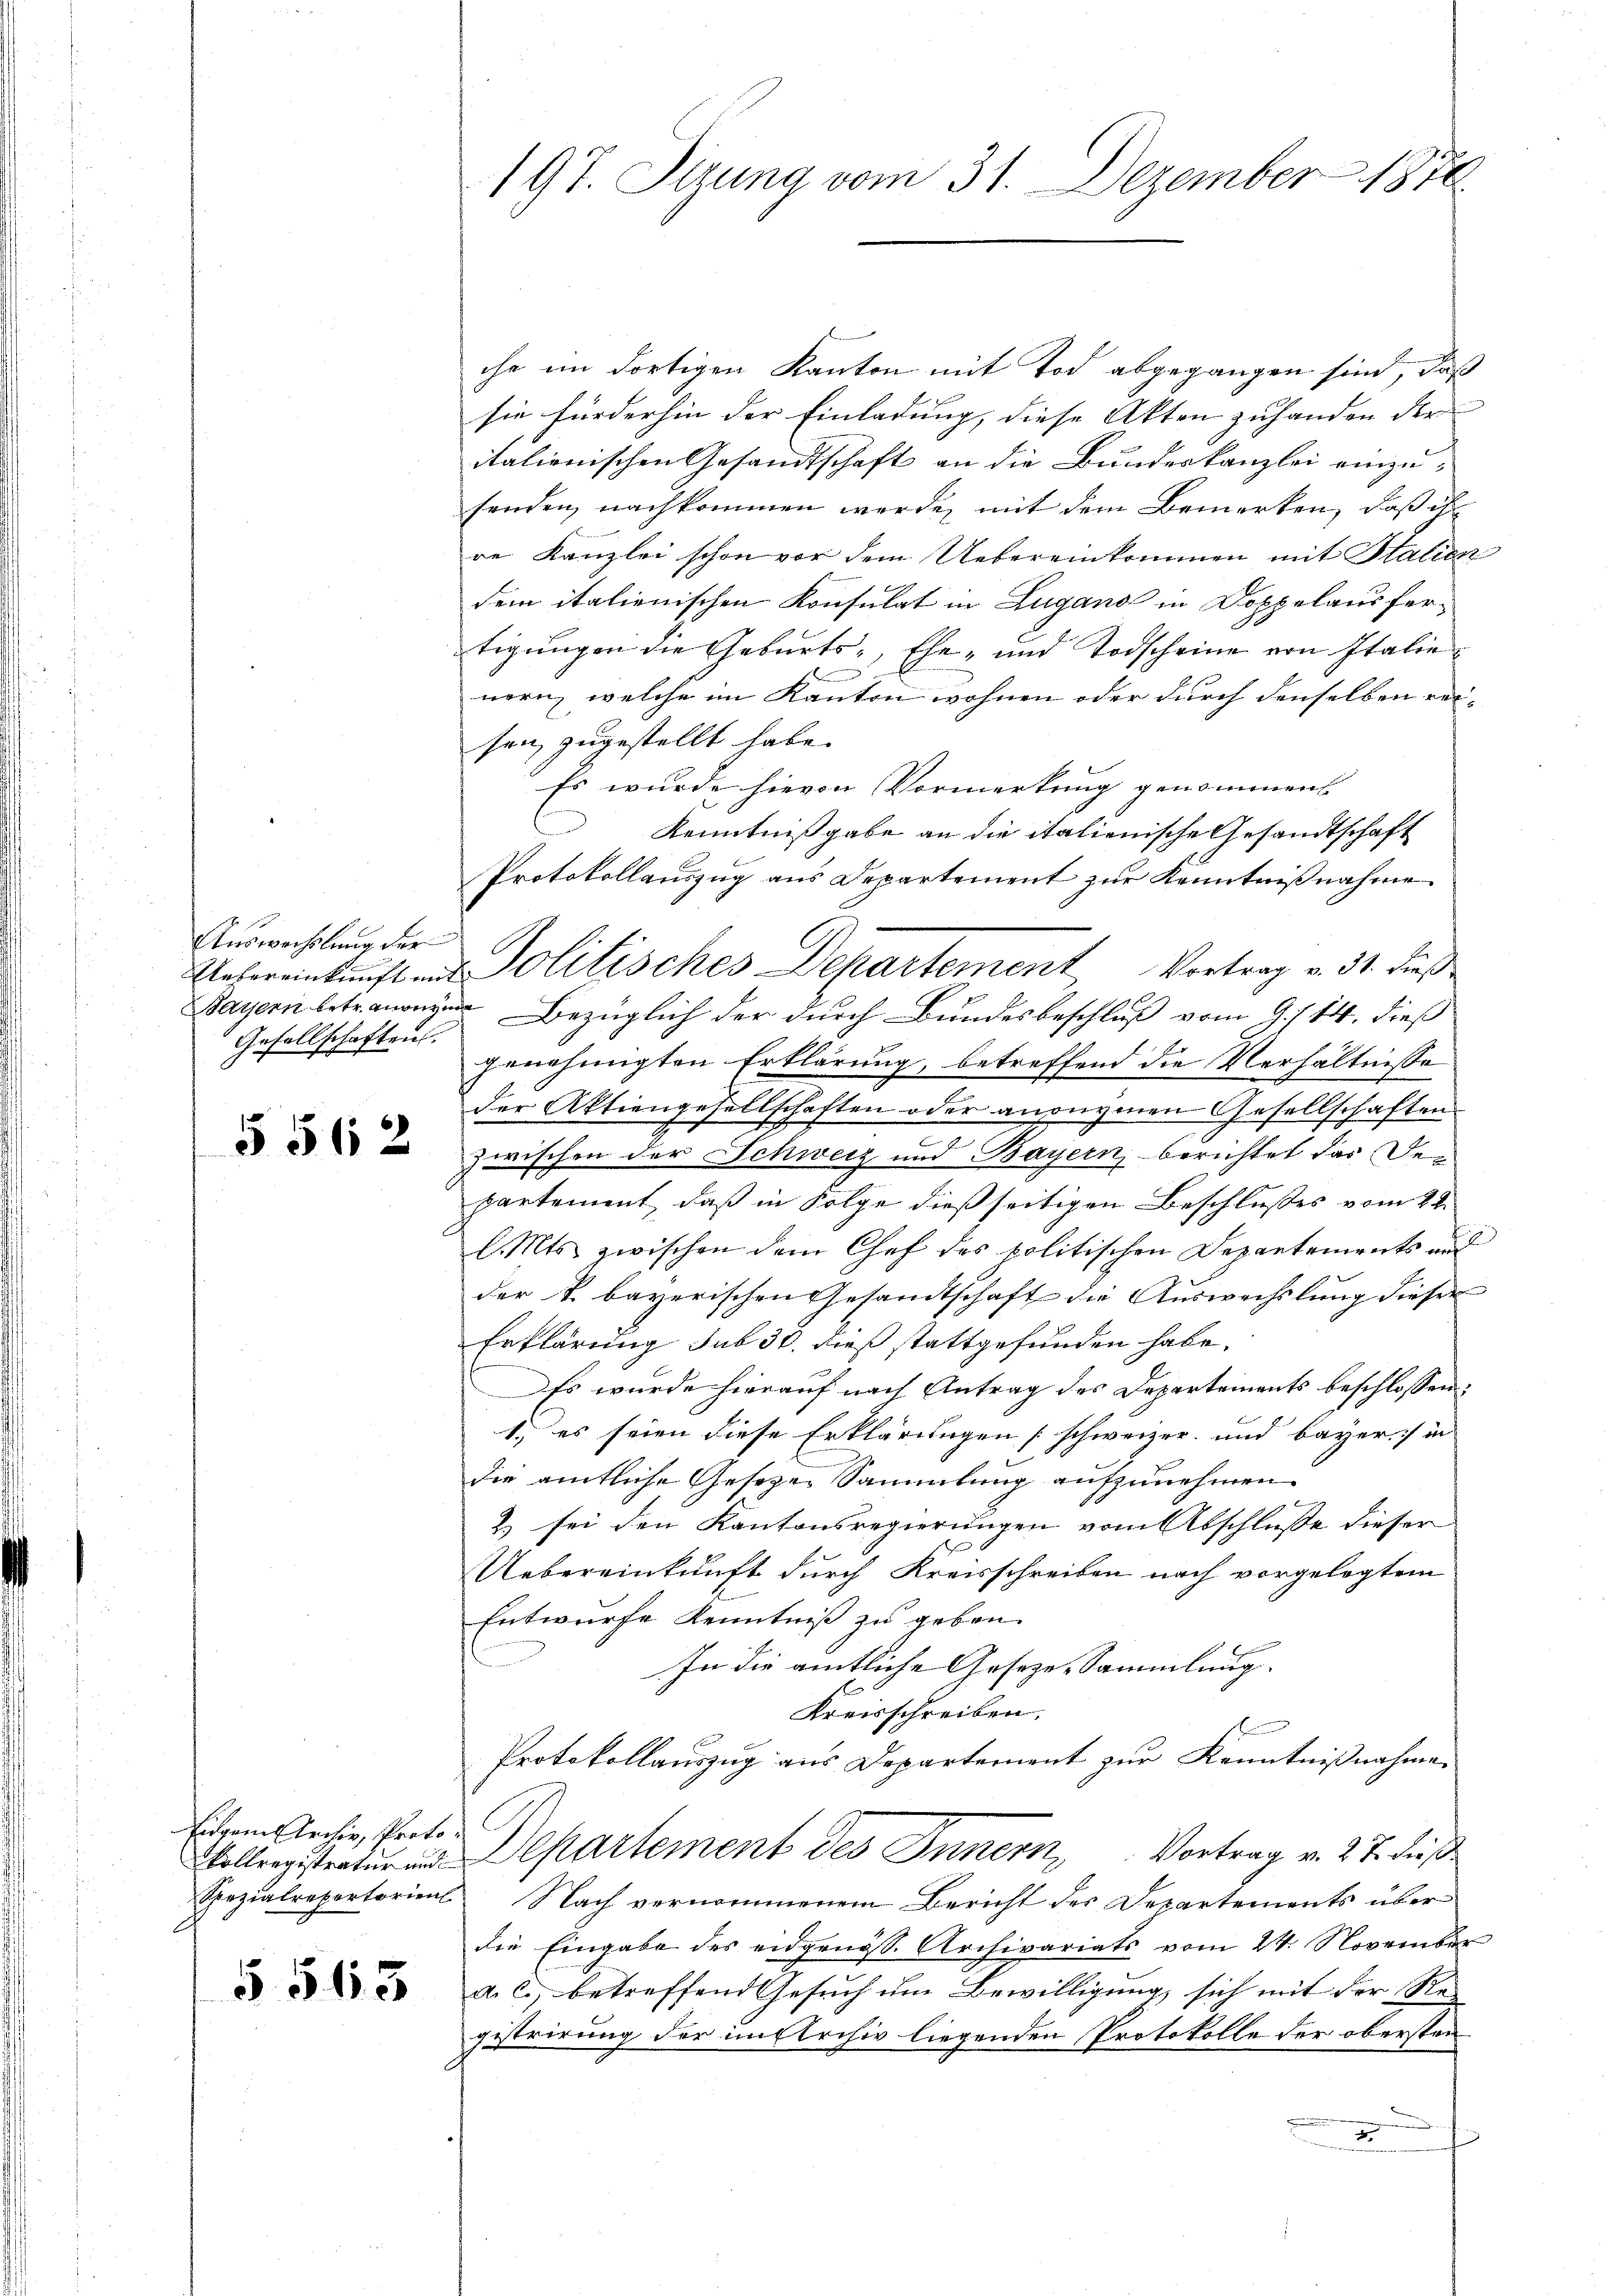
Auswechslung der
Gesellschaften.

§ 562

Eigen Archiv, Proto¬

§ 513

197. Stzung vom 31. Dezember 1870

che im dortigen Kanton mit Tod abgegangen sind, daß
sie fürderhin der Einladung, diese Akten zuhanden der
italienischen Gesandtschaft an die Bundeskanzlei einzu-
senden, nachkommen werde, mit dem Bemerken, daß ihr
re Kanzlei schon vor dem Uebereinkommen mit Stalien
dem italienischen Konsulat in Lugano in Doppelausfertigungen die Geburts-, Ehe- und Todscheine von Italie
n
nern, welche im Kanton wohnen oder durch denselben rei-
sen, zugestellt habe.
Es wurde hievon Vormerkung genommen
n
Kenntnißgabe an die italienische Gesandtschaft
Protokollauszug aus Departement zur Kenntnißnahme
Uebereinkunft und Politisches Departement Vortrag v. 31. dieß
ayern Bezüglich der durch Bundesbeschluß vom 9./14. dieß
genehmigten Erklärung, betreffend die Verhältnisse
der Aktiengesellschaften oder anonymen Gesellschaften
zwischen der Schweiz und Bayern, berichtet das der
partement, daß in Folge dießseitigen Beschlusses vom 24.
l. Mts. zwischen dem Chef des politischen Departements und
der k. bayerischen Gesandtschaft die Auswechslung dieser
Erklärung sub 30. dieß stattgefunden habe.
Es wurde hierauf nach Antrag des Departements beschlossen:
1.) es seien diese Erklärungen schweizer und bayer in
die amtliche Gesezen Sammlung aufzunehmen.
& sei den Kantonsregierungen vom Abschlusse dieser
Uebereinkunft durch Kreisschreiben nach vorgelegtem
Entwurfe Kenntniß zu geben.
In die amtliche Gesezes-Sammlung. |
Kreisschreiben.
Protokollauszug aus Departement zur Kenntnißnahmen
Kollegistratur und Departement des Innern, Vortrag v. 27. dieß
Spezialrepertorient. Nach vernommenem Bericht des Departements über
die Eingabe des eidgenöss. Archivariats vom 24. November
a. c. betreffend Gesuch um Bewilligung sich mit der Registrirung der im Archiv liegenden Protokolle der obersten
2